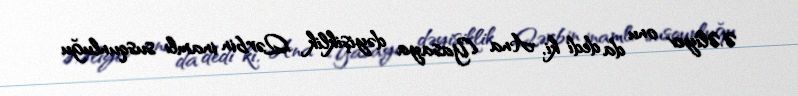
Ə.Əliyev onu da dedi ki, Ana Yasaya dəyişiklik Qərbin inamlı susqunluğu